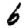
Digit: 6